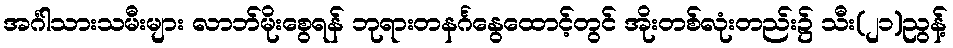
အင်္ဂါသားသမီးများ လာဘ်မိုးစွေရန် ဘုရားတနင်္ဂနွေထောင့်တွင် အိုးတစ်လုံးတည်း၌ သီး(၂၁)ညွန့်